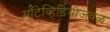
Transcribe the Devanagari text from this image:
मॉँटेव्हिडियोजवळ